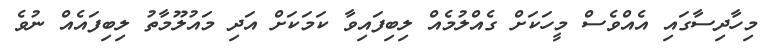
މިހާދިސާގައި އެއްވެސް މީހަކަށް ގެއްލުމެއް ލިބިފައިވާ ކަމަކަށް އަދި މައުލޫމާތު ލިބިފައެއް ނުވެ